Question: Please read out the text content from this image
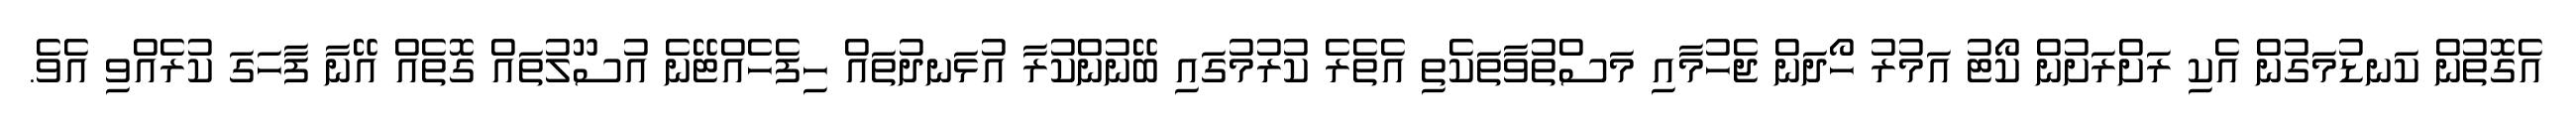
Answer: އެގޮތުން ކަނޑުމަގުން އެކި ރަށްރަށުން ކޯޓު އަމުރު ހޯދަން ޖެހުމާއި މަސްތުވާތަކެތި އެތެރެ ކުރުމުގައި ބޭނުންކުރާ އުޅަނދުތައް ހިފެހެއްޓޭނެ އުސޫލުތައް ގޮތެއް އޭނާ ފާހަގަ ކުރެއްވި އެވެ.